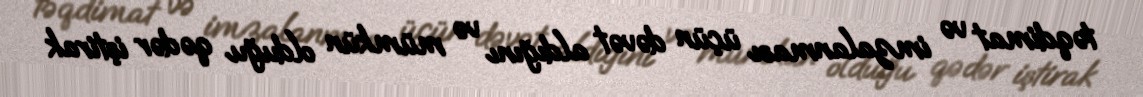
təqdimat və imzalanması üçün dəvət aldığını və mümkün olduğu qədər iştirak